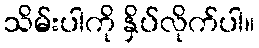
သိမ်းပါကို နှိပ်လိုက်ပါ။